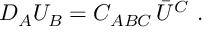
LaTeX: { \cal D } _ { A } U _ { B } = C _ { A B C } \, \bar { U } ^ { C } \ .